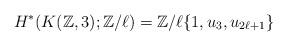
LaTeX: \begin{align*}H^{*}(K(\mathbb{Z}, 3);\mathbb{Z}/\ell)=\mathbb{Z}/\ell\{1, u_3, u_{2\ell+1}\}\end{align*}